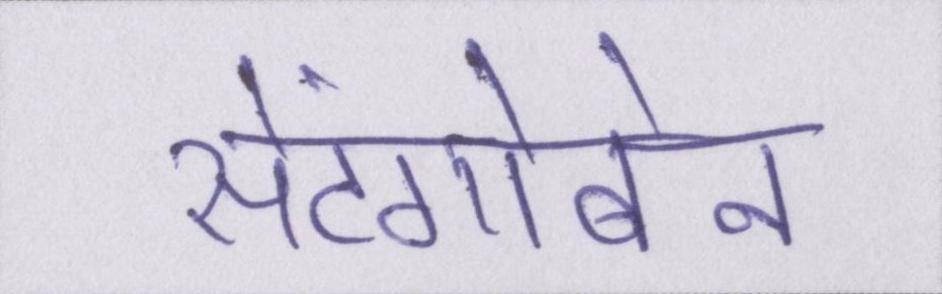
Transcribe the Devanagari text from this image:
सेंटगोबेन